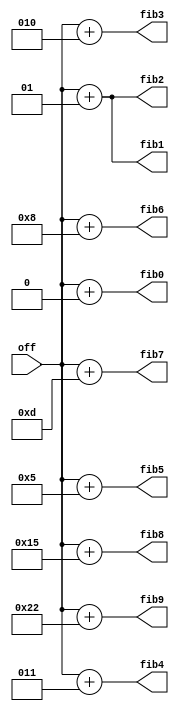
module gate(
    off, fib0, fib1, fib2, fib3, fib4, fib5, fib6, fib7, fib8, fib9
);
    input wire signed [31:0] off;

    function automatic integer fib(
        input integer k
    );
        if (k == 0)
            fib = 0;
        else if (k == 1)
            fib = 1;
        else
            fib = fib(k - 1) + fib(k - 2);
    endfunction

    function automatic integer fib_wrap(
        input integer k,
        output integer o
    );
        o = off + fib(k);
    endfunction

    output integer fib0;
    output integer fib1;
    output integer fib2;
    output integer fib3;
    output integer fib4;
    output integer fib5;
    output integer fib6;
    output integer fib7;
    output integer fib8;
    output integer fib9;

    initial begin : blk
        integer unused;
        unused = fib_wrap(0, fib0);
        unused = fib_wrap(1, fib1);
        unused = fib_wrap(2, fib2);
        unused = fib_wrap(3, fib3);
        unused = fib_wrap(4, fib4);
        unused = fib_wrap(5, fib5);
        unused = fib_wrap(6, fib6);
        unused = fib_wrap(7, fib7);
        unused = fib_wrap(8, fib8);
        unused = fib_wrap(9, fib9);
    end
endmodule